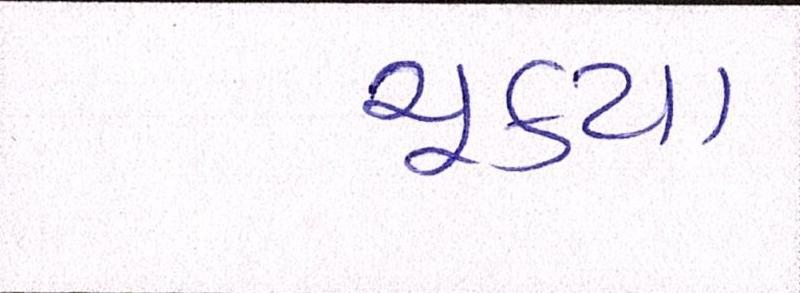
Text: ચૂક્યા